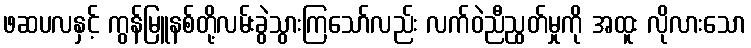
ဖဆပလနှင့် ကွန်မြူနစ်တို့လမ်းခွဲသွားကြသော်လည်း လက်ဝဲညီညွတ်မှုကို အထူး လိုလားသော